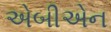
એબીએન